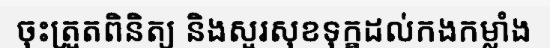
ចុះត្រួតពិនិត្យ និងសួរសុខទុក្ខដល់កងកម្លាំង